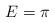
LaTeX: \begin{align*}E=\pi\end{align*}